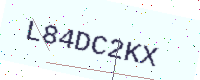
Text: L84DC2KX